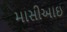
માસીઆઇ